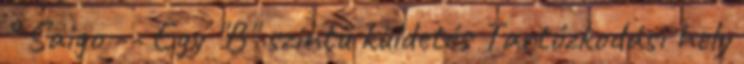
° Saigo -- Egy "B" szintű küldetés Tartózkodási hely